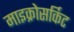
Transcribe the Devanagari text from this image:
माइक्रोसर्किट